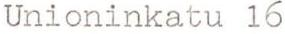
Unioninkatu 16